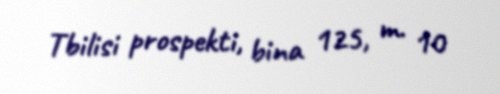
Tbilisi prospekti, bina 125, m. 10